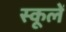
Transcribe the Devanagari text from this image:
स्कूलें